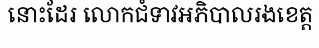
នោះដែរ លោកជំទាវអភិបាលរងខេត្ត